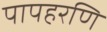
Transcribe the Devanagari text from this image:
पापहरणि